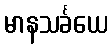
မာနသင်္ခယေ